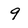
Character: 9